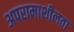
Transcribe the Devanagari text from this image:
अपरामाशीलता